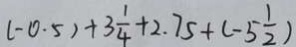
( - 0 . 5 ) + 3 \frac { 1 } { 4 } + 2 . 7 5 + ( - 5 \frac { 1 } { 2 } )